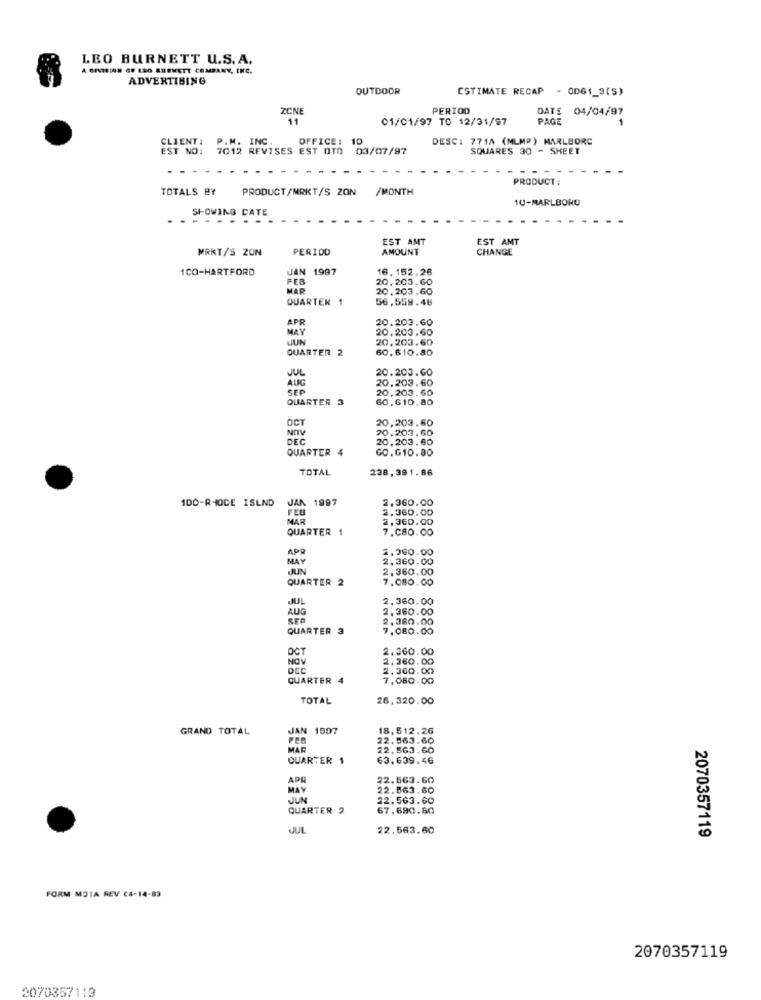
LEO BURNETT U.S. A.
A BIVISION OF LEO BURNETT COMPANY, CHC.
ADVERTISING
OUTDOOR
ESTIMATE RECAP - OD61_3(S)
ZCN
PERIOD
DATE 04/04/97
11
01/01/97 TO 12/31/97
PAGE
CLIENT: P.M. INC.
OFFICE: 10
DESC: 771A (MLMP) MARLBORC
EST NO: 7012 REVISES EST OTA 03/07/97
SQUARES 30 - SHEET
PRODUCT :
TOTALS BY
PRODUCT/NRKT/S ZON /MONTH
10-MARLBORO
SHOWING CATE
EST AMT
EST AMT
MRKT/S ZON
PERIOD
AMOUNT
CHANGE
1CO-HARTFORD
JAN 1997
16. 152.26
FEB
20,203.60
MAR
20,203.60
QUARTER 1
56,559.46
20.203.60
APR
20.203.60
JUN
20,203.60
QUARTER 2
60,610.80
JUL
20.203.GO
AUG
20,203.60
20,203.60
QUARTER 3
60, 610.80
OCT
20,203.60
NOV
20.203.60
DEC
20,203.60
QUARTER 4
GO. G10.80
TOTAL
238,391.86
1DO-RHODE ISLND
JAN 1997
2.360.00
FEB
2.360.00
MAR
2.360.00
QUARTER 1
7.C80.00
APR
2.300.00
MAY
2.360.00
JUN
2.360.00
QUARTER 2
7.080.00
JUL
2.360.0
AUG
SEP
2.360.00
2.360.00
QUARTER
7,080.00
OCT
2.360.00
NOV
2.360.00
DCC
2.360.00
QUARTER 4
7,080.00
TOTAL
26,320.00
GRAND TOTAL
JAN 1007
18.512.26
22.563.60
MAR
22.563.60
QUARTER
63.639.46
APR
22.563.60
MAY
22.863.60
JUN
22.563.60
QUARTER 2
67.690.80
JUL
22.563.60
2070357119
FORM MOIA REV C4-14-83
2070357119
2070357119